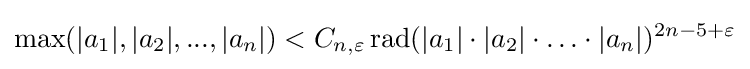
\operatorname {max} (|a_{1}|,|a_{2}|,...,|a_{n}|)<C_{n,\varepsilon }\operatorname {rad} (|a_{1}|\cdot |a_{2}|\cdot \ldots \cdot |a_{n}|)^{2n-5+\varepsilon }